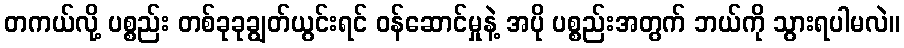
တကယ်လို့ ပစ္စည်း တစ်ခုခုချွတ်ယွင်းရင် ဝန်ဆောင်မှုနဲ့ အပို ပစ္စည်းအတွက် ဘယ်ကို သွားရပါမလဲ။